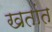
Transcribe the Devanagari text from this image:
खतांत